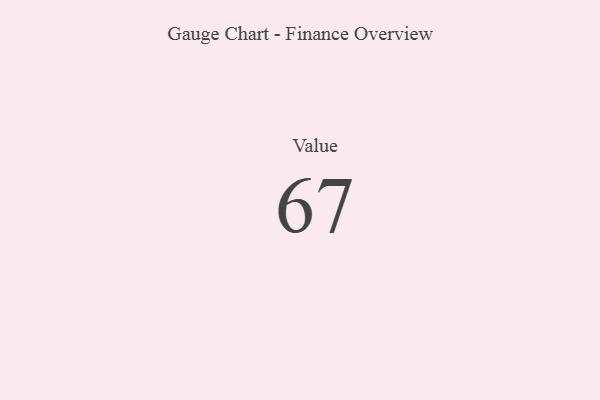
{"axis": {"x": "Metric", "y": "Value"}, "legend": [""], "data": [{"x": "Value", "y": 67, "type": ""}]}